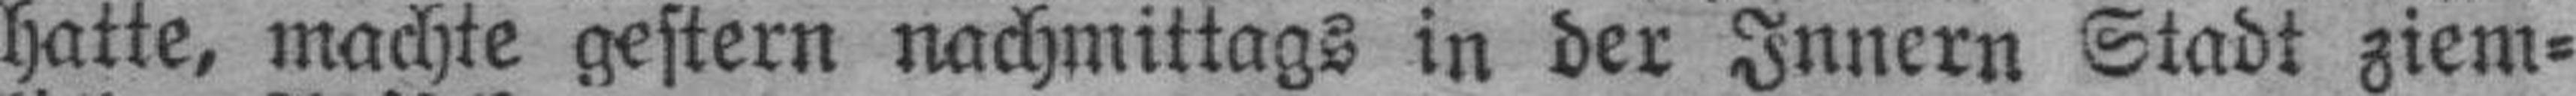
hatte, machte gestern nachmittags in der Innern Stadt ziem¬